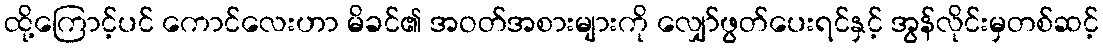
ထို့ကြောင့်ပင် ကောင်လေးဟာ မိခင်၏ အဝတ်အစားများကို လျှော်ဖွတ်ပေးရင်နှင့် အွန်လိုင်းမှတစ်ဆင့်